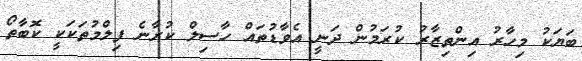
ބަޔަކު މިހާރު އިންތިޒާރު ކުރަމުން ދަނީ އެވާޑުތައް ހާސިލް ކުރާނެ ފިލްމުތަކަކީ ކޮބާތޯ